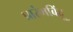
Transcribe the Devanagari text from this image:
प्रारंभबिंदू